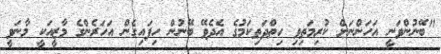
"ބޭނުންވަނީ އަހަންނަށް ކުރިމަތިވި ހިތްދަތިކަމުގެ އެދެވޭ ބޭނުން ހިފައިގެން އަހަރެންގެ މާޒީއަކީ މާނަވީ